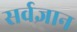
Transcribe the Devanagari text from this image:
सर्वज्ञान